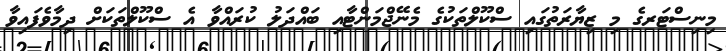
މިނިސްޓަރގެ މި ޒިޔާރަތުގައި ސްކޫލްތަކުގެ މެނޭޖްމަންޓާއި ބައްދަލު ކުރައްވާ އެ ސްކޫލްތަކަށް ދިމާވެފައިވާ